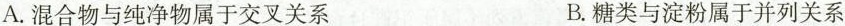
A.混合物与纯净物属于交叉关系 B.糖类与淀粉属于并列关系